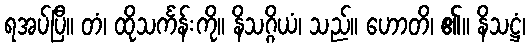
ရအပ်ပြီ။ တံ၊ ထိုသင်္ကန်းကို။ နိသဂ္ဂိယံ၊ သည်။ ဟောတိ၊ ၏။ နိသဋ္ဌံ၊